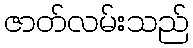
ဇာတ်လမ်းသည်